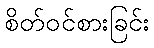
စိတ်ဝင်စားခြင်း